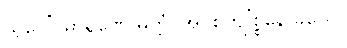
သွပ္ပေ’ဝဓာရဏေ မတ္တံ၊ အပစိတျ’စ္စနေ ခယေ။